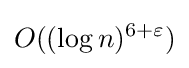
O((\log n)^{6+\varepsilon })